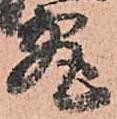
究